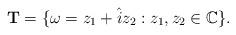
LaTeX: \begin{align*}\textbf{T} = \{\omega=z_1 +\hat{i}z_2:z_1 ,z_2 \in \mathbb{C}\}.\end{align*}